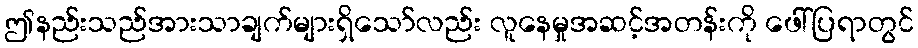
ဤနည်းသည်အားသာချက်များရှိသော်လည်း လူနေမှုအဆင့်အတန်းကို ဖေါ်ပြရာတွင်